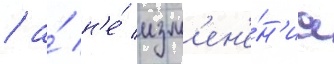
/ а́ н'е́ изм'ен'е́н'иа